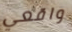
واقعي